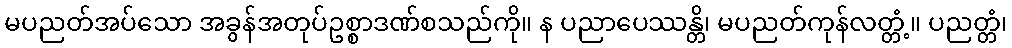
မပညတ်အပ်သော အခွန်အတုပ်ဥစ္စာဒဏ်စသည်ကို။ န ပညာပေဿန္တိ၊ မပညတ်ကုန်လတ္တံ့။ ပညတ္တံ၊